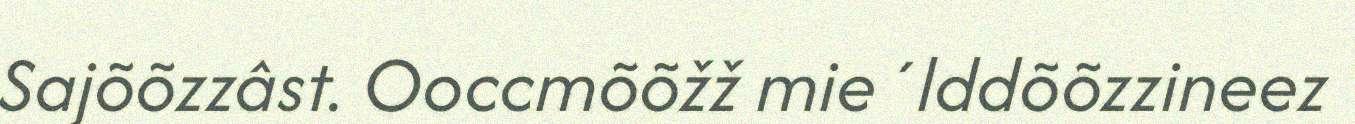
Sajõõzzâst. Ooccmõõžž mie´lddõõzzineez